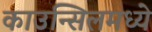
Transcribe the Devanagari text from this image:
काउन्सिलमध्ये